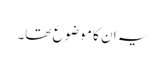
یہ ان کا موضوع تھا۔